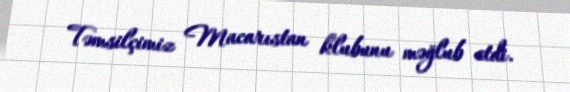
Təmsilçimiz Macarıstan klubunu məğlub etdi.